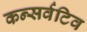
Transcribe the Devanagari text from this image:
कन्सर्वटिव